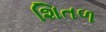
શિતળ